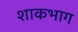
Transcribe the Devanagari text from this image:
शाकभाग